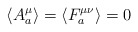
\begin{align*}\left\langle A_a^\mu \right\rangle =\left\langle F_a^{\mu \nu}\right\rangle =0\end{align*}